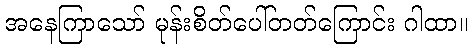
အနေကြာသော် မုန်းစိတ်ပေါ်တတ်ကြောင်း ဂါထာ။